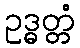
ဥဒ္ဓတ္တံ